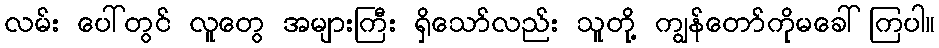
လမ်း ပေါ်တွင် လူတွေ အများကြီး ရှိသော်လည်း သူတို့ ကျွန်တော်ကိုမခေါ်ကြပါ။